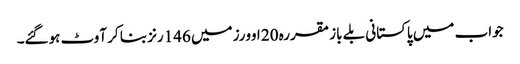
جواب میں پاکستانی بلے باز مقررہ 20 اوورز میں 146رنز بنا کر آوٹ ہوگئے۔